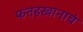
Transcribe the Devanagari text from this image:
फतहखानाचे